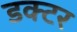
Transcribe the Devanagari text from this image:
डक्टर